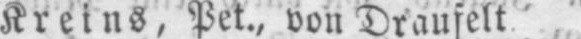
Kreins, Pet., von Draufelt.